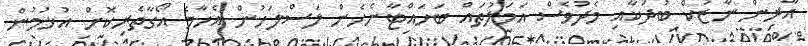
އާރިން ނާޒުކް ބުދަކާއި މެދުވެސް އަމަލުތައް ބަހައްޓާނެހެން ލަސްލަހުން އެހާމެ އޯގާތެރިކޮށް އުޅުމުން